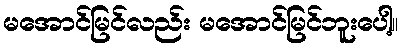
မအောင်မြင်လည်း မအောင်မြင်ဘူးပေါ့။